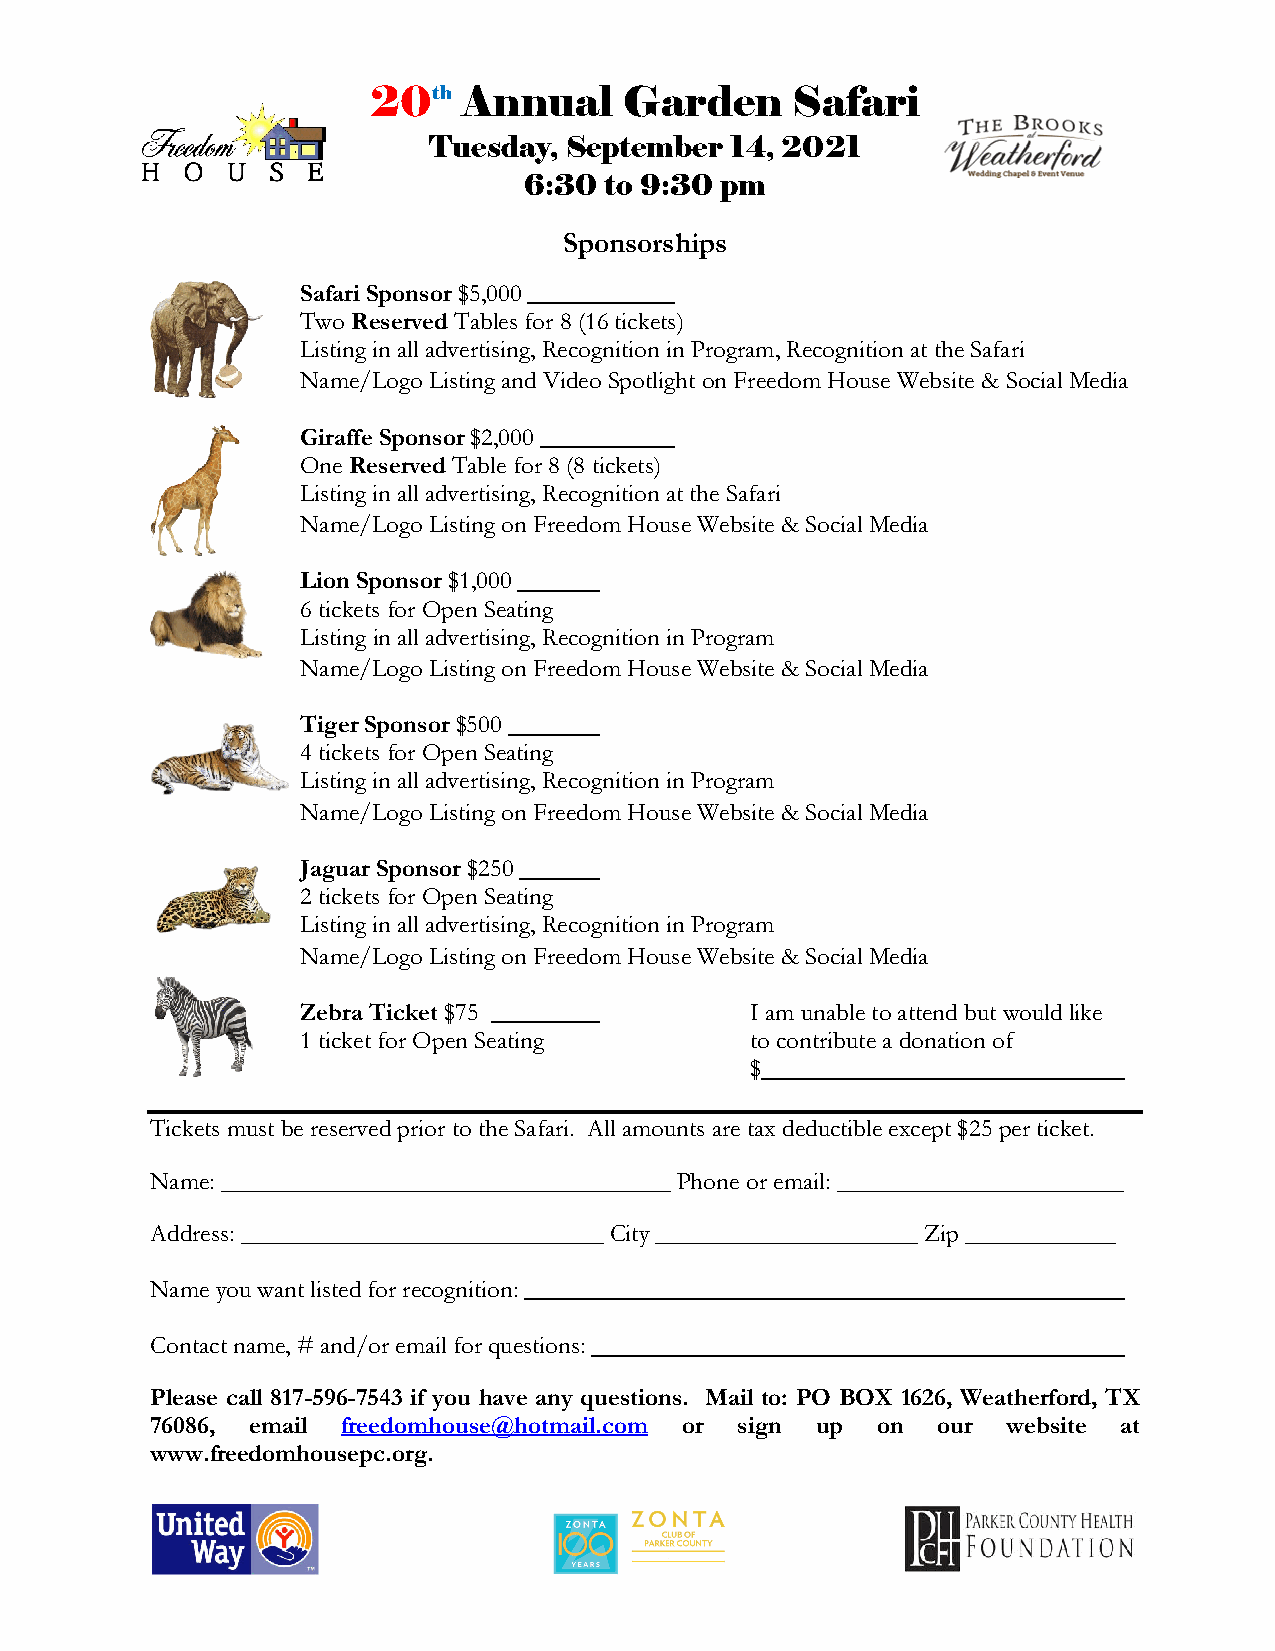
20th   Annual    Garden     Safari
 Tuesday, September  14, 2021
 6:30 to 9:30 pm
 Sponsorships
 Safari Sponsor $5,000
 Two Reserved Tables for 8 (16 tickets)
 Listing in all advertising, Recognition in Program, Recognition at the Safari
 Name/Logo Listing and Video Spotlight on Freedom House Website & Social Media
 Giraffe Sponsor $2,000
 One Reserved Table for 8 (8 tickets)
 Listing in all advertising, Recognition at the Safari
 Name/Logo Listing on Freedom House Website & Social Media
 Lion Sponsor $1,000
 6 tickets for Open Seating
 Listing in all advertising, Recognition in Program
 Name/Logo Listing on Freedom House Website & Social Media
 Tiger Sponsor $500
 4 tickets for Open Seating
 Listing in all advertising, Recognition in Program
 Name/Logo Listing on Freedom House Website & Social Media
 Jaguar Sponsor $250
 2 tickets for Open Seating
 Listing in all advertising, Recognition in Program
 Name/Logo Listing on Freedom House Website & Social Media
 Zebra Ticket $75              I am unable to attend but would like
 1 ticket for Open Seating     to contribute a donation of
 $
 Tickets must be reserved prior to the Safari. All amounts are tax deductible except $25 per ticket.
 Name: ____________________________________ Phone or email: _______________________
 Address: _____________________________ City _____________________ Zip ____________
 Name you want listed for recognition:
 Contact name, # and/or email for questions:
 Please call 817-596-7543 if you have any questions. Mail to: PO BOX 1626, Weatherford, TX
 76086, email freedomhouse@hotmail.com or sign up on our  website at
 www.freedomhousepc.org.